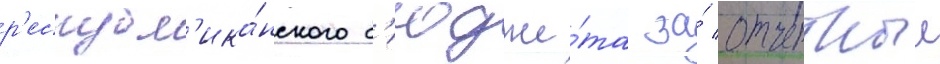
р'еспубл'ика́нского б'юдже́та за́ отчетныи